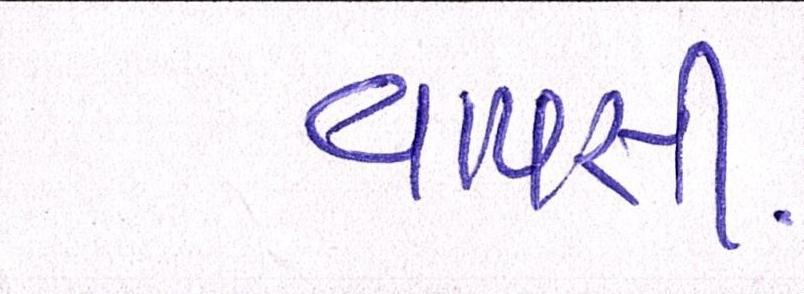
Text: વાપસી